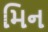
મિન